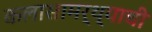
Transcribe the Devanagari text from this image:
कलासामर्थ्याची